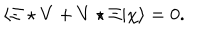
LaTeX: \langle \Xi \star V + V \star \Xi | \chi \rangle = 0 .